Indian journal of veterinary science and animal husbandry - Volume 12,
Year: 1942
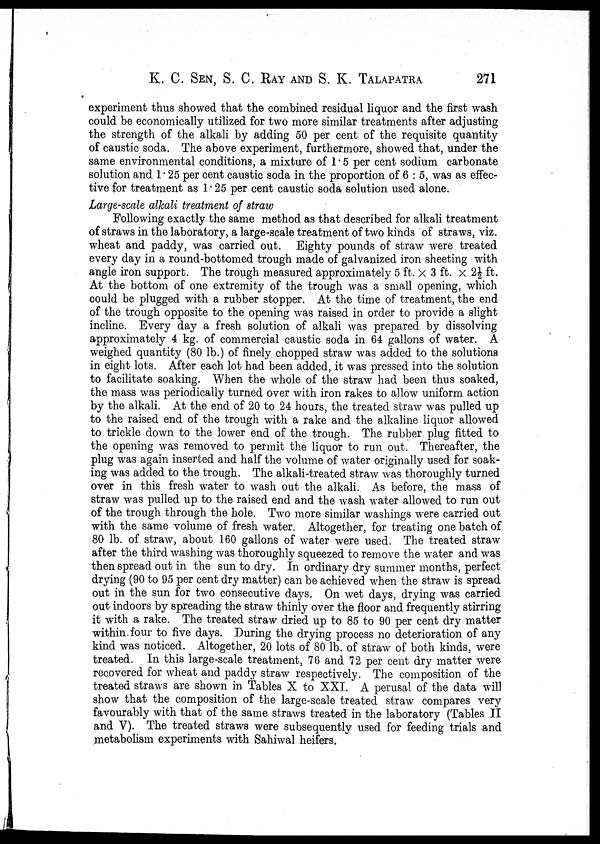
K. C. SEN, S. C. RAY AND S. K. TALAPATRA 271
experiment thus showed that the combined residual liquor and the first wash
could be economically utilized for two more similar treatments after adjusting
the strength of the alkali by adding 50 per cent of the requisite quantity
of caustic soda. The above experiment, furthermore, showed that, under the
same environmental conditions, a mixture of 1.5 per cent sodium carbonate
solution and 1.25 per cent caustic soda in the proportion of 6 : 5, was as effec-
tive for treatment as 1.25 per cent caustic soda solution used alone.
Large-scale alkali treatment of straw
Following exactly the same method as that described for alkali treatment
of straws in the laboratory, a large-scale treatment of two kinds of straws, viz.
wheat and paddy, was carried out. Eighty pounds of straw were treated
every day in a round-bottomed trough made of galvanized iron sheeting with
angle iron support. The trough measured approximately 5 ft. x 3 ft. x 2½ ft.
At the bottom of one extremity of the trough was a small opening, which
could be plugged with a rubber stopper. At the time of treatment, the end
of the trough opposite to the opening was raised in order to provide a slight
incline. Every day a fresh solution of alkali was prepared by dissolving
approximately 4 kg. of commercial caustic soda in 64 gallons of water. A
weighed quantity (80 lb.) of finely chopped straw was added to the solutions
in eight lots. After each lot had been added, it was pressed into the solution
to facilitate soaking. When the whole of the straw had been thus soaked,
the mass was periodically turned over with iron rakes to allow uniform action
by the alkali. At the end of 20 to 24 hours, the treated straw was pulled up
to the raised end of the trough with a rake and the alkaline liquor allowed
to trickle down to the lower end of the trough. The rubber plug fitted to
the opening was removed to permit the liquor to run out. Thereafter, the
plug was again inserted and half the volume of water originally used for soak-
ing was added to the trough. The alkali-treated straw was thoroughly turned
over in this fresh water to wash out the alkali.. As before, the mass of
straw was pulled up to the raised end and the wash water allowed to run out
of the trough through the hole. Two more similar washings were carried out
with the same volume of fresh water. Altogether, for treating one batch of
80 lb. of straw, about 160 gallons of water were used. The treated straw
after the third washing was thoroughly squeezed to remove the water and was
then spread out in the sun to dry. In ordinary dry summer months, perfect
drying (90 to 95 per cent dry matter) can be achieved when the straw is spread
out in the sun for two consecutive days. On wet days, drying was carried
out indoors by spreading the straw thinly over the floor and frequently stirring
it with a rake. The treated straw dried up to 85 to 90 per cent dry matter
within four to five days. During the drying process no deterioration of any
kind was noticed. Altogether, 20 lots of 80 lb. of straw of both kinds, were
treated. In this large-scale treatment, 76 and 72 per cent dry matter were
recovered for wheat and paddy straw respectively. The composition of the
treated straws are shown in Tables X to XXI. A perusal of the data will
show that the composition of the large-scale treated straw compares very
favourably with that of the same straws treated in the laboratory (Tables II
and V). The treated straws were subsequently used for feeding trials and
metabolism experiments with Sahiwal heifers.